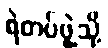
ရဲတပ်ဖွဲ့သို့